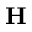
\mathbf { H }